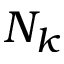
N _ { k }